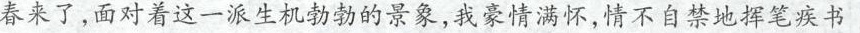
春来了，面对着这一派生机勃勃的景象，我豪情满怀，情不自禁地挥笔疾书